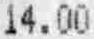
14.00